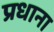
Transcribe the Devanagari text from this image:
प्रधाना